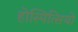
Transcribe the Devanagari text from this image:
होस्पित्सियो